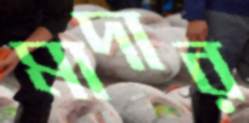
মাদার